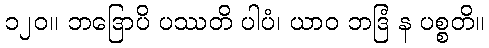
၁၂၀။ ဘဒြောပိ ပဿတိ ပါပံ၊ ယာဝ ဘဒြံ န ပစ္စတိ။